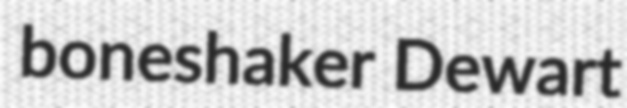
boneshaker Dewart